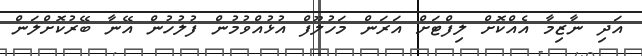
އަދި ނާޒިމާ އެއްކޮށް ލިފްޓަށް އަރަން މަހުލޫފް އުޅުއްވުމުން ފުލުހުން އޭނާ ބޭރުކޮށްލަން